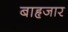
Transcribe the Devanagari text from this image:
बाहृजार